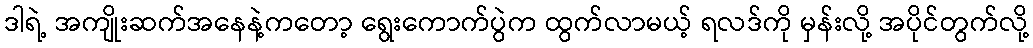
ဒါရဲ့ အကျိုးဆက်အနေနဲ့ကတော့ ရွေးကောက်ပွဲက ထွက်လာမယ့် ရလဒ်ကို မှန်းလို့ အပိုင်တွက်လို့